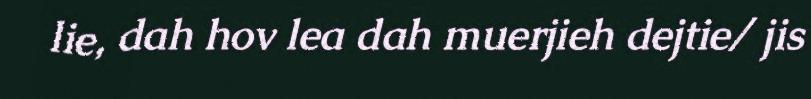
lie, dah hov lea dah muerjieh dejtie/ jis